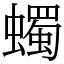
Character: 蠋